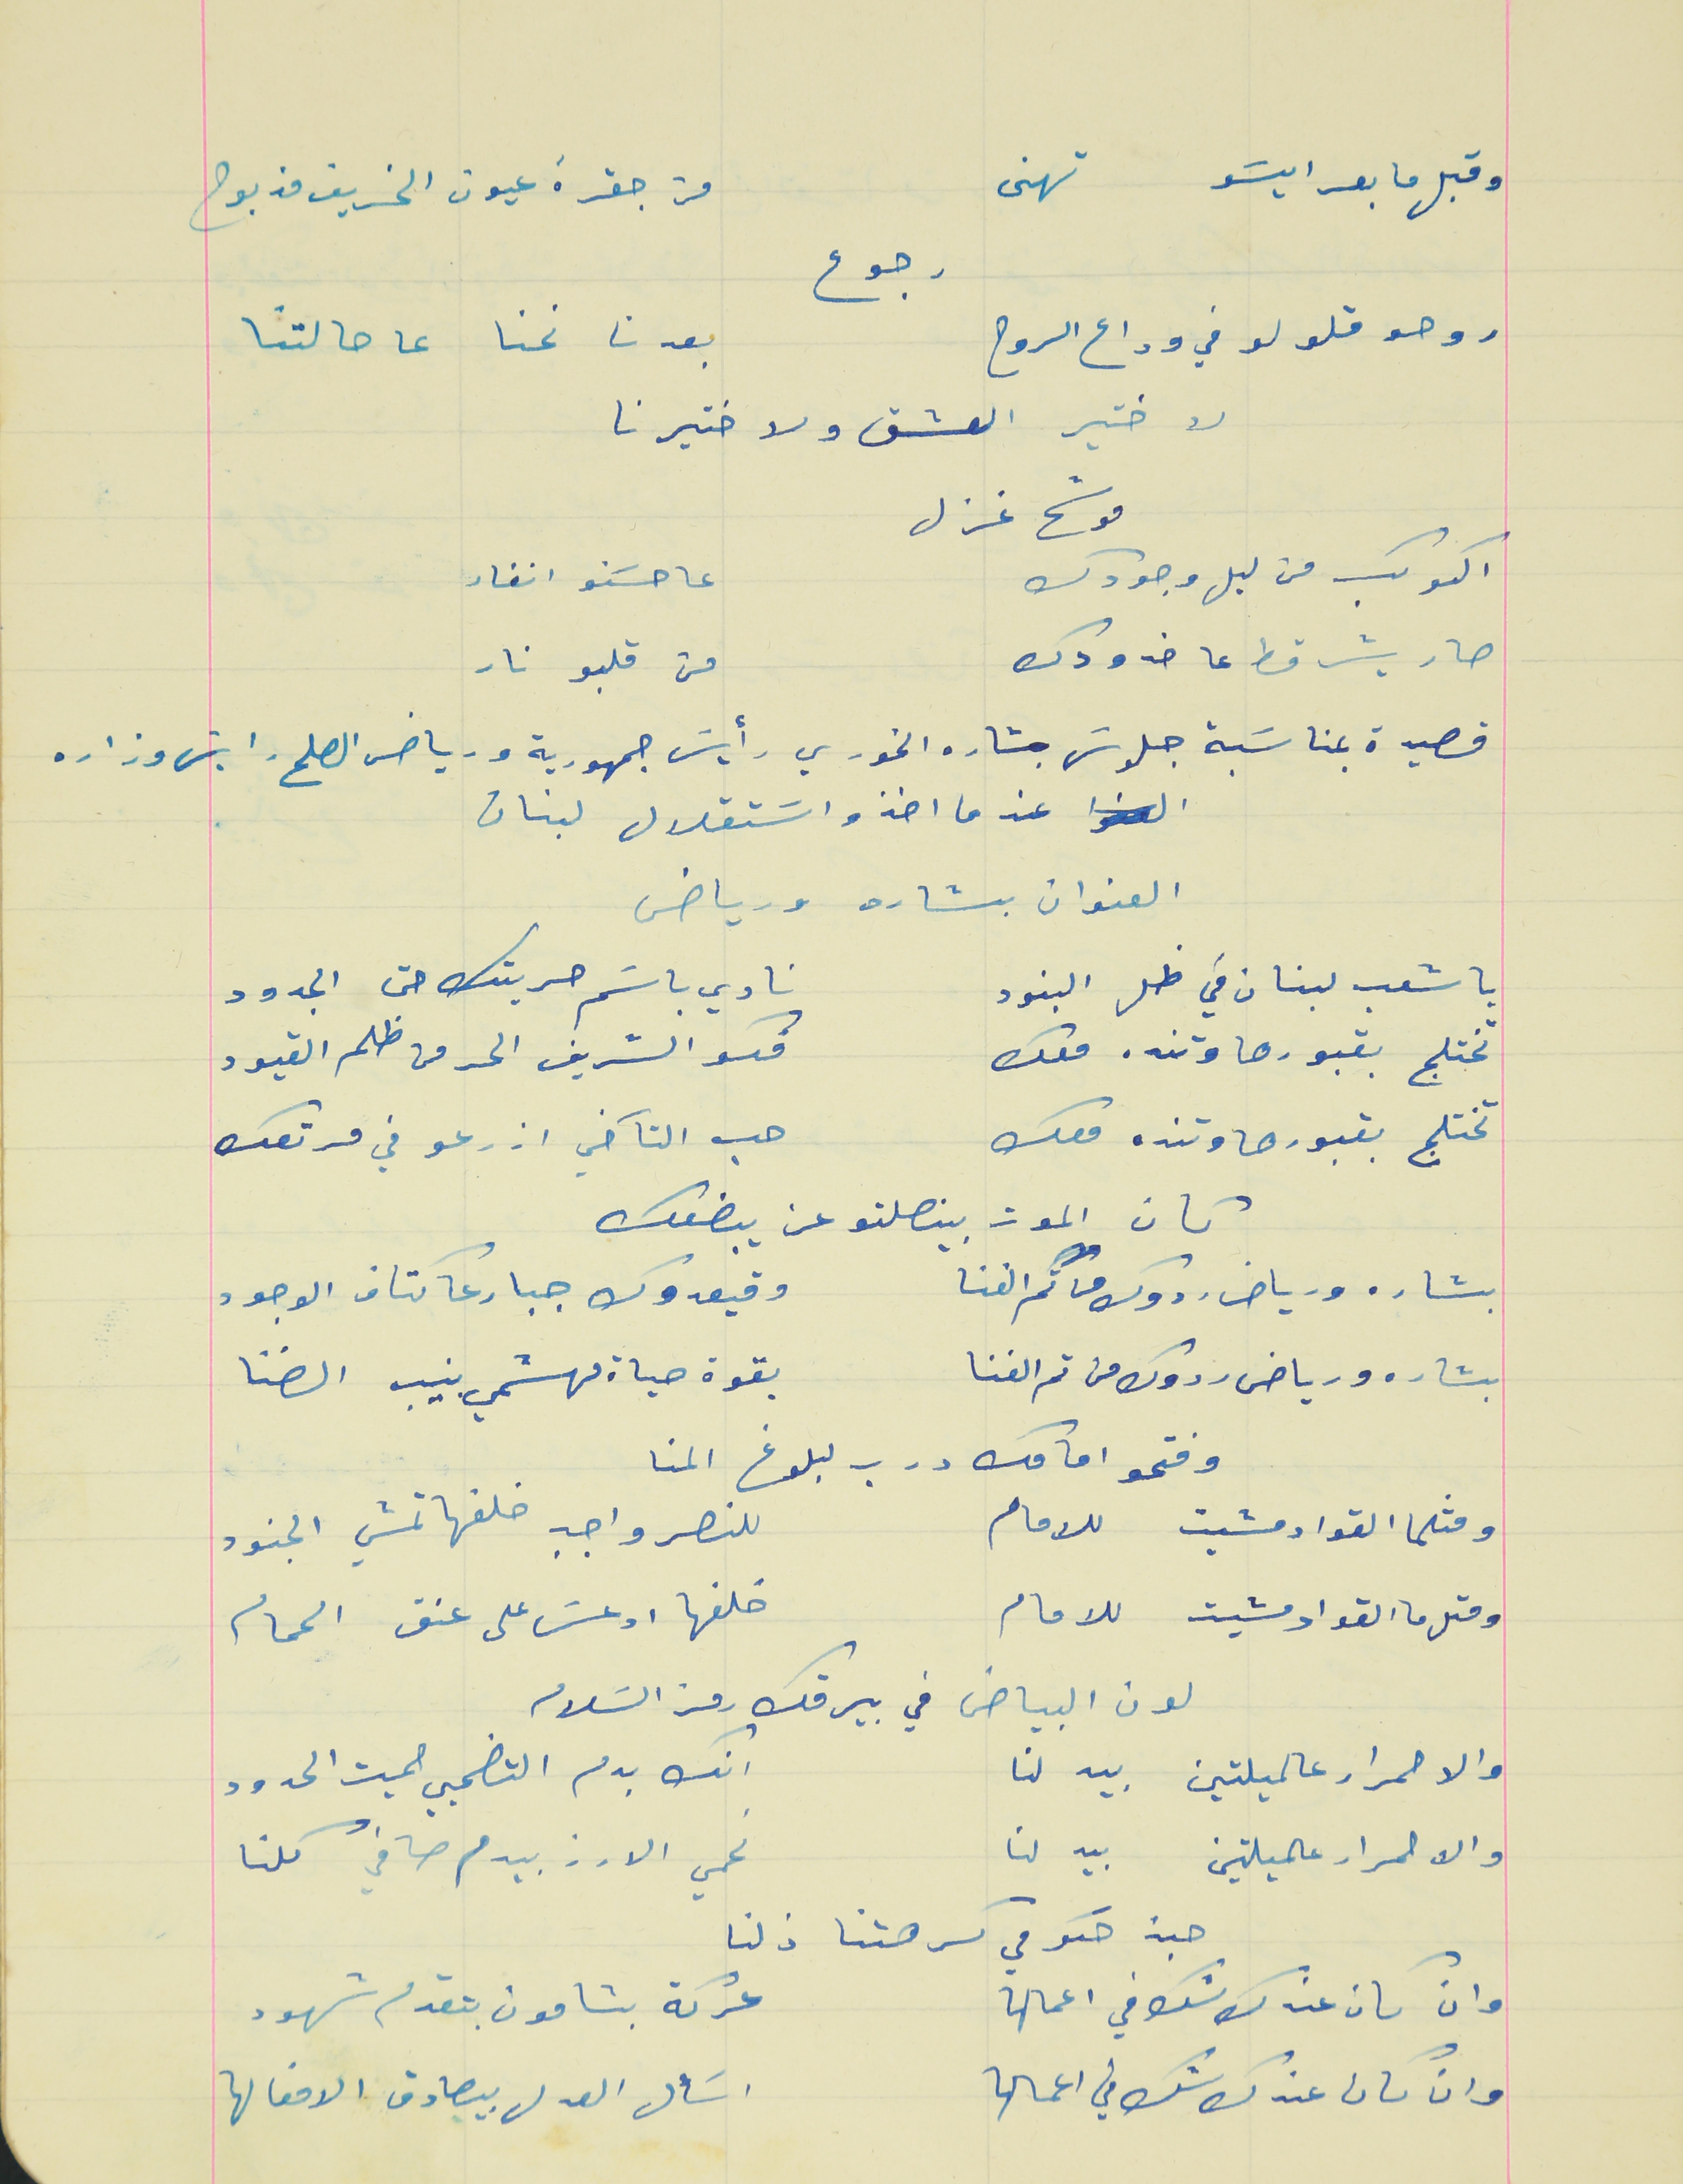
وقبل ما بعرايسَو تهنى                                  من جقرة عيون الخريف مذبوح
روحو قلولو في وداع الروح                            بعدنا نحنا عا حالتنا
لا ختير العشق ولا ختيرنا
موشح غزل
الكوكب من ليل وجودك                               عا حسَنو انغار
صار يشرقط عا خدودك                                 من قلبو نار
قصيدة بمناسَبة جلوسَ بشاره الخوري رأيسَ جمهورية ورياض الصلح رايسَ وزاره
 عندما اخذو اسَتقلال لبنان
العنوان بشاره ورياض
يا شعب لبنان في ظل البنود                                نادي باسَم حريتك حتى الجدود
تختلج بقبورها وتنده معك                                    فكو الشريف الحر من ظلم القيود
تختلج بقبورها وتنده معك                                        حب التآخي ازرعو في مرتعك
بشاره ورياض ردوك من تم الفنا                                وقيعدوك جبار عا كتاف الوجود
بشاره ورياض ردوك من تم الفنا                                بقوة حياة مهشمي بنيب الضنا
وفتحو امامك درب لبلوغ المنا
ومثلما القواد مشيت للامام                                للنصر واجب خلفها تمشي الجنود
ومثلما القواد مشيت للامام                                خلفها ادعسَ على عنق الحمام
 لون البياض في بيرقك رمز السَلام
والاحمرار عالميلتين بيدلنا                                     انك بدم التضحيي حميت الحدود
والاحمرار عالميلتين بيدلنا                                    نحمي الارز بيدم صافي كلنا
وان كان عندك شك في اعمالها                             عركة بشامون بتقدم شهود
رجوع
كان الموت بينصلتو عن يبضعك
هبة حكومي كرهتنا ذلنا
وان كان عندك شك في اعمالها                                   اسَأل العدل بيصادق الافعالها